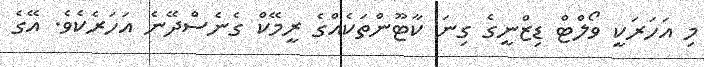
މި އަހަރަކީ ވޯލްޓް ޑިޒްނީގެ ގިނަ ކާޓޫންތަކެއްގެ ރީމޭކް ގެނެސްދޭނެ އަހަރެކެވެ. އޭގެ